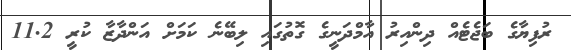
ރުފިޔާގެ ބަޖެޓެއް ދިންއިރު އާމްދަނީގެ ގޮތުގައި ލިބޭނެ ކަމަށް އަންދާޒާ ކުރީ 11.2